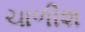
ચાળીશ